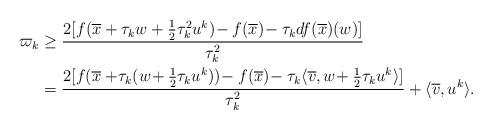
LaTeX: \begin{align*} \varpi_k &\ge\frac{2[f(\overline{x}+\tau_kw+\frac{1}{2}\tau_k^2 u^k)\!-f(\overline{x}) \!-\tau_k df(\overline{x})(w)]}{\tau_k^2}\\ &=\frac{2[f(\overline{x}+\!\tau_k(w\!+\frac{1}{2}\tau_ku^k))\!-f(\overline{x})\!-\tau_k\langle\overline{v},w\!+\frac{1}{2}\tau_ku^k\rangle]}{\tau_k^2}+\langle\overline{v},u^k\rangle. \end{align*}